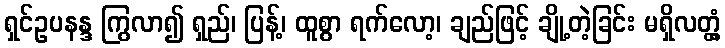
ရှင်ဥပနန္ဒ ကြွလာ၍ ရှည်၊ ပြန့်၊ ထူစွာ ရက်လော့၊ ချည်ဖြင့် ချို့တဲ့ခြင်း မရှိလတ္တံ့